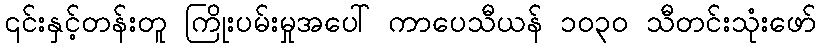
၎င်းနှင့်တန်းတူ ကြိုးပမ်းမှုအပေါ် ကာပေသီယန် ၁၀၃၀ သီတင်းသုံးဖော်